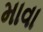
માવા